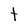
Character: t